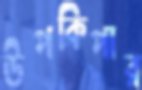
উপকিপার